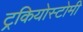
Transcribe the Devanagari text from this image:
ट्रकियोस्टोमी